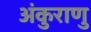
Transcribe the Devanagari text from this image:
अंकुराणु